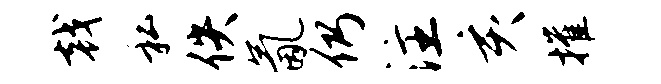
戟私佚氤仍注亥摧